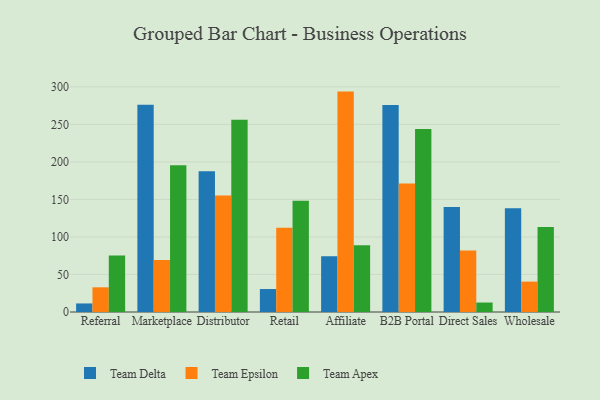
{"axis": {"x": "Channel", "y": "Headcount"}, "legend": ["Team Apex", "Team Delta", "Team Epsilon"], "data": [{"x": "Referral", "y": 11.4, "type": "Team Delta"}, {"x": "Referral", "y": 32.9, "type": "Team Epsilon"}, {"x": "Referral", "y": 75.3, "type": "Team Apex"}, {"x": "Marketplace", "y": 276.3, "type": "Team Delta"}, {"x": "Marketplace", "y": 69.3, "type": "Team Epsilon"}, {"x": "Marketplace", "y": 195.5, "type": "Team Apex"}, {"x": "Distributor", "y": 187.6, "type": "Team Delta"}, {"x": "Distributor", "y": 155.3, "type": "Team Epsilon"}, {"x": "Distributor", "y": 256.1, "type": "Team Apex"}, {"x": "Retail", "y": 30.6, "type": "Team Delta"}, {"x": "Retail", "y": 112.2, "type": "Team Epsilon"}, {"x": "Retail", "y": 148.1, "type": "Team Apex"}, {"x": "Affiliate", "y": 74.2, "type": "Team Delta"}, {"x": "Affiliate", "y": 293.7, "type": "Team Epsilon"}, {"x": "Affiliate", "y": 88.8, "type": "Team Apex"}, {"x": "B2B Portal", "y": 276.0, "type": "Team Delta"}, {"x": "B2B Portal", "y": 171.1, "type": "Team Epsilon"}, {"x": "B2B Portal", "y": 243.9, "type": "Team Apex"}, {"x": "Direct Sales", "y": 139.9, "type": "Team Delta"}, {"x": "Direct Sales", "y": 81.9, "type": "Team Epsilon"}, {"x": "Direct Sales", "y": 12.6, "type": "Team Apex"}, {"x": "Wholesale", "y": 138.2, "type": "Team Delta"}, {"x": "Wholesale", "y": 40.5, "type": "Team Epsilon"}, {"x": "Wholesale", "y": 113.4, "type": "Team Apex"}]}